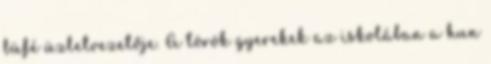
büfé üzletvezetője. A török gyerekek az iskolában a hun